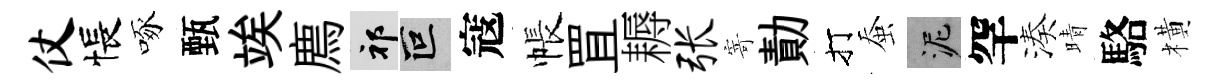
仗悵啄甄竢廌祁叵寇帳罝耨张寄勣打蚕泥罕湊晴駱橫